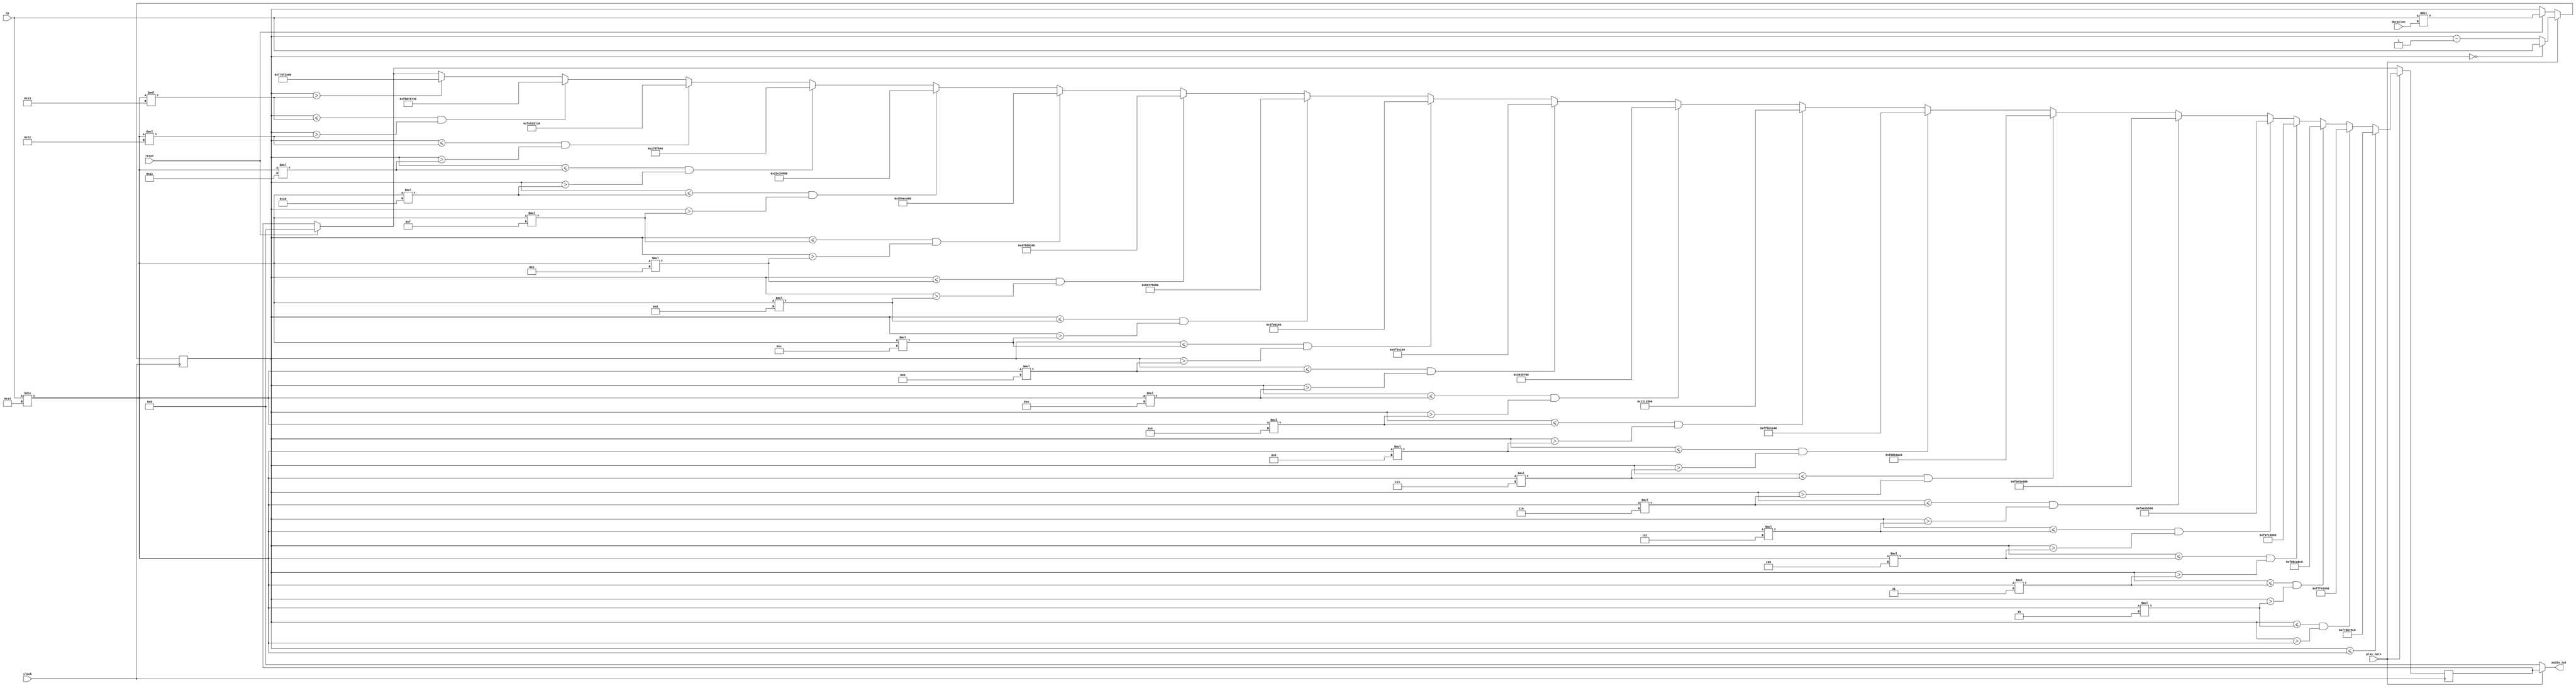
module Triangle_Wave(
	input clock,
	input reset,
	input play_note,
	input [31:0]hz,
	input [3:0]duration,
	output [31:0]audio_out
	);

  localparam MINAMPLITUDE = -32'd150000000;
  localparam RISE_1 = -32'd75000000;
  localparam RISE_2 = -32'd25000000;
  localparam RISE_3 = 32'd25000000;
  localparam RISE_4 = 32'd600000000;
  localparam RISE_5 = 32'd1000000000;
  localparam RISE_6 = 32'd1200000000;
  localparam RISE_7 = 32'd1350000000;
  localparam MAXAMPLITUDE = 32'd150000000;
  localparam FALL_1 = 32'd100000000;
  localparam FALL_2 = 32'd60000000;
  localparam FALL_3 = 32'd20000000;
  localparam FALL_4 = -32'd15000000;
  localparam FALL_5 = -32'd45000000;
  localparam FALL_6 = -32'd70000000;
  localparam FALL_7 = -32'd90000000;
  localparam FALL_8 = -32'd110000000;
  localparam FALL_9 = -32'd125000000;
  localparam FALL_10 = -32'd135000000;
  localparam FALL_11 = -32'd145000000;

  reg signed [31:0] amp;
  reg [31:0] counter;
	assign audio_out[31:0] = play_note ? amp : 32'b0;

  always@(posedge clock) begin
    if (reset) begin
      amp <= 32'b0;
      counter <= hz / duration;
      end
    if (play_note) begin
		counter <= counter - 1'b1;
      if (counter > (hz / 20 * 19)) begin
        amp <= MINAMPLITUDE;
        end
      if (counter <= (hz / 20 * 19) && counter > (hz / 20 * 18)) begin
			amp <= RISE_1;
			end
		if (counter <= (hz / 20 * 18) && counter > (hz / 20 * 17)) begin
			amp <= RISE_2;
			end
		if (counter <= (hz / 20 * 17) && counter > (hz / 20 * 16)) begin
			amp <= RISE_3;
			end
		if (counter <= (hz / 20 * 16) && counter > (hz / 20 * 15)) begin
			amp <= RISE_4;
			end
		if (counter <= (hz / 20 * 15) && counter > (hz / 20 * 14)) begin
			amp <= RISE_5;
			end
		if (counter <= (hz / 20 * 14) && counter > (hz / 20 * 13)) begin
			amp <= RISE_6;
			end
		if (counter <= (hz / 20 * 13) && counter > (hz / 20 * 12)) begin
			amp <= RISE_7;
			end
		if (counter <= (hz / 20 * 12) && counter > (hz / 20 * 11)) begin
			amp <= MAXAMPLITUDE;
			end
		if (counter <= (hz / 20 * 11) && counter > (hz / 20 * 10)) begin
			amp <= FALL_1;
			end
		if (counter <= (hz / 20 * 10) && counter > (hz / 20 * 9)) begin
			amp <= FALL_2;
			end
		if (counter <= (hz / 20 * 9) && counter > (hz / 20 * 8)) begin
			amp <= FALL_3;
			end
		if (counter <= (hz / 20 * 8) && counter > (hz / 20 * 7)) begin
			amp <= FALL_4;
			end
		if (counter <= (hz / 20 * 7) && counter > (hz / 20 * 6)) begin
			amp <= FALL_5;
			end
		if (counter <= (hz / 20 * 6) && counter > (hz / 20 * 5)) begin
			amp <= FALL_6;
			end
		if (counter <= (hz / 20 * 5) && counter > (hz / 20 * 4)) begin
			amp <= FALL_7;
			end
		if (counter <= (hz / 20 * 4) && counter > (hz / 20 * 3)) begin
			amp <= FALL_8;
			end
		if (counter <= (hz / 20 * 3) && counter > (hz / 20 * 2)) begin
			amp <= FALL_9;
			end
		if (counter <= (hz / 20 * 2) && counter > (hz / 20)) begin
			amp <= FALL_10;
			end
		if (counter <= (hz / 20)) begin
			amp <= FALL_11;
			end
		if (counter == 0) begin
			counter <= hz;
			end
    end
  end
endmodule